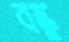
বস্তু